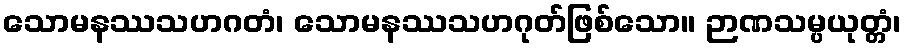
သောမနဿသဟဂတံ၊ သောမနဿသဟဂုတ်ဖြစ်သော။ ဉာဏသမ္ပယုတ္တံ၊